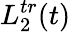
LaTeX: L_{2}^{tr}(t)